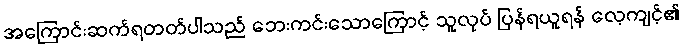
အကြောင်းဆက်ရတတ်ပါသည် ဘေးကင်းသောကြောင့် သူလုပ် ပြန်ရယူရန် လေ့ကျင့်၏